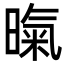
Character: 暣